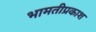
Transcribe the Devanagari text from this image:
भामतीप्रकाश